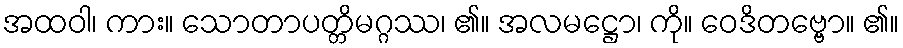
အထဝါ၊ ကား။ သောတာပတ္တိမဂ္ဂဿ၊ ၏။ အလမဋ္ဌော၊ ကို။ ဝေဒိတဗ္ဗော။ ၏။